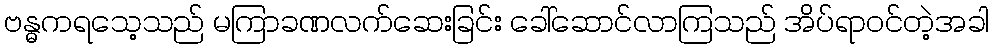
ဗန္ဓကရသေ့သည် မကြာခဏလက်ဆေးခြင်း ခေါ်ဆောင်လာကြသည် အိပ်ရာဝင်တဲ့အခါ